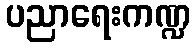
ပညာရေးကဏ္ဍ